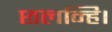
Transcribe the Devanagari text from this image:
छलन्हि।